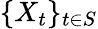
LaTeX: \{ X_{t}\} _{t\in S}